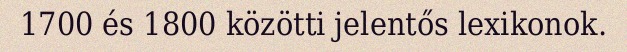
1700 és 1800 közötti jelentős lexikonok.